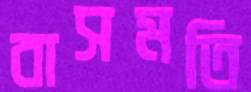
বাসমতি